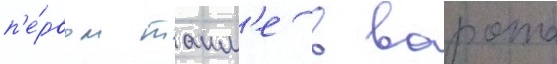
п'е́рвом таим'е в ворота